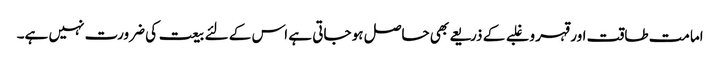
امامت طاقت اور قہر و غلبے کے ذریعے بھی حاصل ہو جاتی ہے اس کے لئے بیعت کی ضرورت نہیں ہے۔